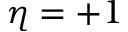
\eta = + 1